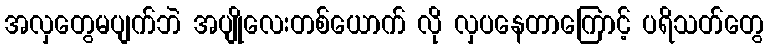
အလှတွေမပျက်ဘဲ အပျိုလေးတစ်ယောက် လို လှပနေတာကြောင့် ပရိသတ်တွေ